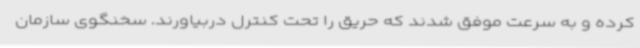
کرده و به سرعت موفق شدند که حریق را تحت کنترل دربیاورند. سخنگوی سازمان